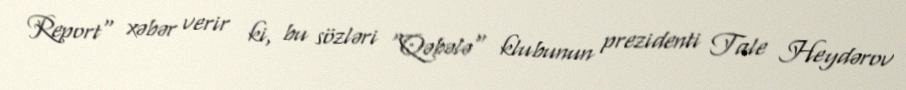
Report" xəbər verir ki, bu sözləri "Qəbələ" klubunun prezidenti Tale Heydərov